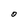
Character: 0